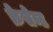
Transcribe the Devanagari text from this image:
क्रेसेन्ट